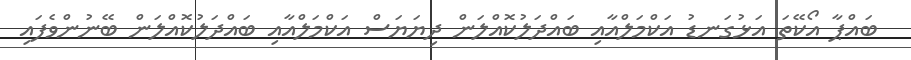
ބައްޕާ އޯކޭތަ އަޅުގަނޑު އަކްމަލްއާއި ބައްދަލުކޮއްލަން ދިޔަޔަސް އަކްމަލްއާއި ބައްދަލުކޮއްލަން ބޭނުންވެފައި